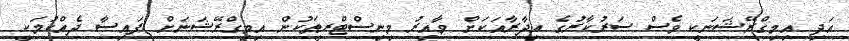
އަދި އިމިގްރޭޝަނަކީ ވެސް ސަރުކާރުގެ އިދާރާއަކަށް ވާއިރު މިނިސްޓްރީތަކުން އިމިގްރޭޝަނަށް ފައިސާ ދެއްކުމަކީ